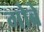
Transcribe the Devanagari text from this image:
गोब्रे